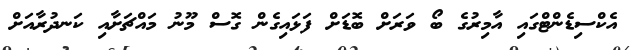
އެކްސިޑެންޓްގައި އާމިރުގެ ބޯ ވަރަށް ބޮޑަށް ފަޅައިގެން ގޮސް މޫނު މައްޗަށާއި ކަނދުރާއަށް